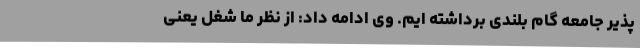
پذیر جامعه گام بلندی برداشته ایم. وی ادامه داد: از نظر ما شغل یعنی